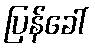
ပြန်ခေါ်